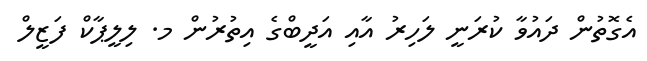
އެގޮތުން ދައުވާ ކުރަނީ ލަހިރު އާއި އަދީބްގެ އިތުރުން މ. ލިލީޕާކް ފަޒީލް